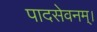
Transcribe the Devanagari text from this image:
पादसेवनम्।